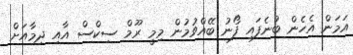
އަމަން އެހެން ބުނެފައި ފޯނު ބޭއްވުމުން މިމީ ރޫމް ސިކްސް އާއި ދިމާއަށް